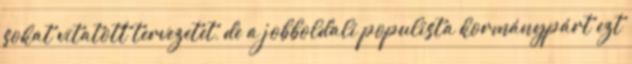
sokat vitatott tervezetet, de a jobboldali populista kormánypárt ezt